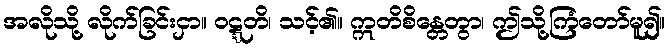
အလိုသို့ လိုက်ခြင်းငှာ။ ဝဋ္ဋတိ၊ သင့်၏။ ဣတိစိန္တေတွာ၊ ဤသို့ကြံတော်မူ၍။